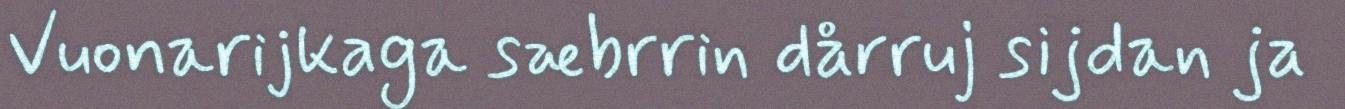
Vuonarijkaga sæbrrin dårruj sijdan ja